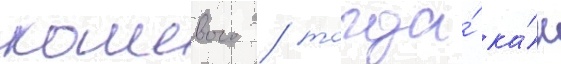
кошевого / тогда́ ка́к